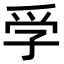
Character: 𡥞